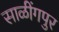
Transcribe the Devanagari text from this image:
साळींगपुर